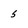
Character: 5